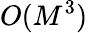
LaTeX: O(M^{3})